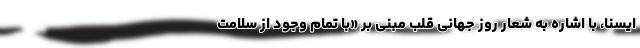
ایسنا، با اشاره به شعار روز جهانی قلب مبنی بر «با تمام وجود از سلامت